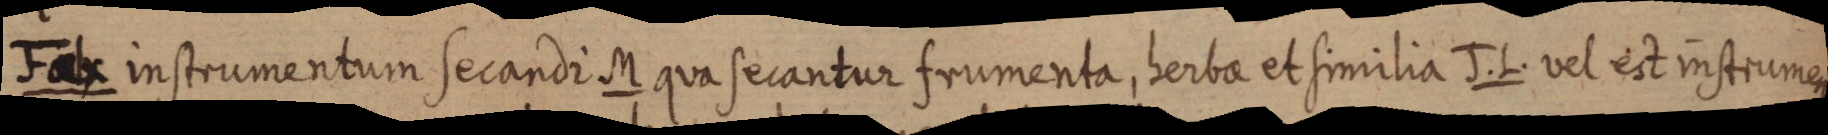
Falx instrumentum secandi M qua secantur frumenta, herbae et similia J. L. vel est instrumen